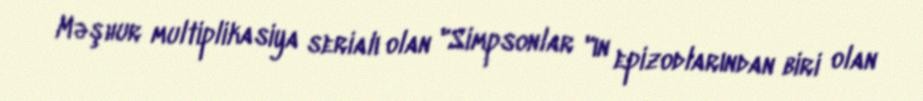
Məşhur multiplikasiya serialı olan "Simpsonlar "ın epizodlarından biri olan